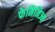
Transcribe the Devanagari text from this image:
फेमिनिज्म